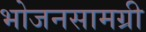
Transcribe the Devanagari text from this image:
भोजनसामग्री